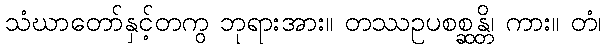
သံဃာတော်နှင့်တကွ ဘုရားအား။ တဿဥပစစ္ဆန္တိ၊ ကား။ တံ၊